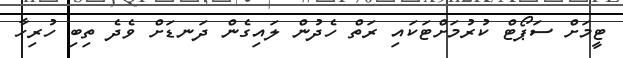
ޓީމަށް ސަޕޯޓް ކުރުމަށްޓަކައި ރަތް ހެދުން ލައިގެން ދަނޑަށް ވެދެ ތިބި ހުރިހާ